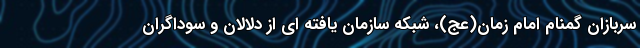
سربازان گمنام امام زمان(عج)، شبکه سازمان یافته ای از دلالان و سوداگران